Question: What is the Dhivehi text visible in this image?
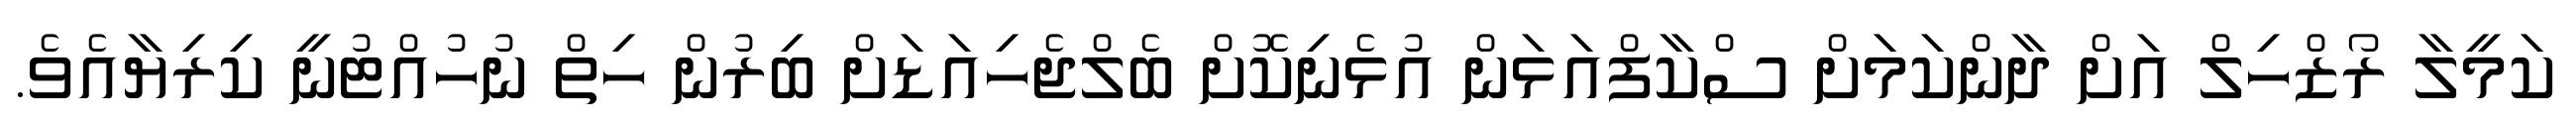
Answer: ކަމީލާ ރޯޒްހިލް އަށް ދާންކަމަށް ސްކާފްއަޅަން އުޅެނިކޮށް ބެލްޖެހިއަޑަށް ބިރުން ހިތް ނުހުއްޓުނީ ކިރިޔާއެވެ.